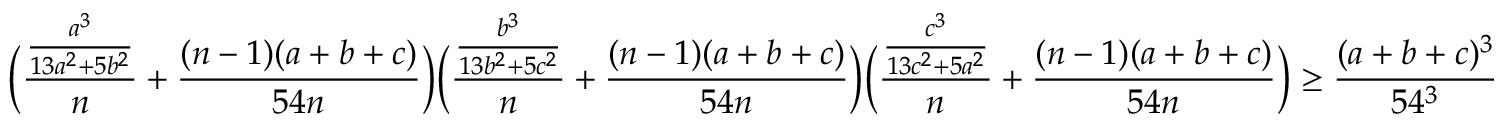
\Big ( \frac { \frac { a ^ { 3 } } { 1 3 a ^ { 2 } + 5 b ^ { 2 } } } { n } + \frac { ( n - 1 ) ( a + b + c ) } { 5 4 n } \Big ) \Big ( \frac { \frac { b ^ { 3 } } { 1 3 b ^ { 2 } + 5 c ^ { 2 } } } { n } + \frac { ( n - 1 ) ( a + b + c ) } { 5 4 n } \Big ) \Big ( \frac { \frac { c ^ { 3 } } { 1 3 c ^ { 2 } + 5 a ^ { 2 } } } { n } + \frac { ( n - 1 ) ( a + b + c ) } { 5 4 n } \Big ) \geq \frac { ( a + b + c ) ^ { 3 } } { 5 4 ^ { 3 } }